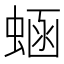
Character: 蜬